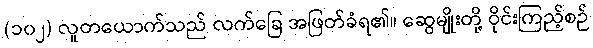
(၁၀၂) လူတယောက်သည် လက်ခြေ အဖြတ်ခံရ၏။ ဆွေမျိုးတို့ ဝိုင်းကြည့်စဉ်